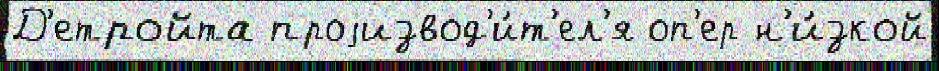
Д'етройта проjизвод'и́т'ел'я оп'ер н'и́зкой